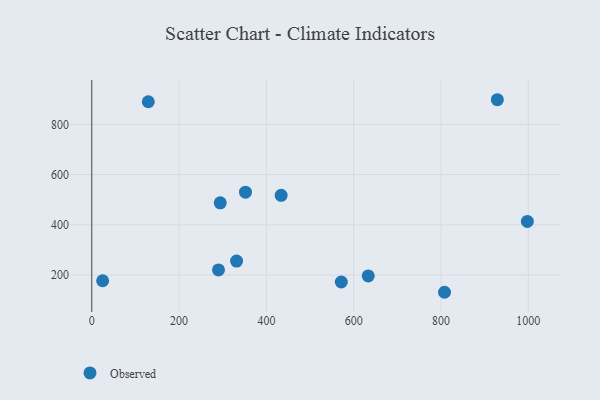
{"axis": {"x": "Price", "y": "Yield"}, "legend": ["Observed"], "data": [{"x": "290.3", "y": 220.2, "type": "Observed"}, {"x": "571.6", "y": 172.0, "type": "Observed"}, {"x": "352.1", "y": 529.7, "type": "Observed"}, {"x": "633.3", "y": 196.1, "type": "Observed"}, {"x": "997.8", "y": 413.2, "type": "Observed"}, {"x": "929.0", "y": 898.0, "type": "Observed"}, {"x": "433.8", "y": 517.1, "type": "Observed"}, {"x": "808.0", "y": 131.1, "type": "Observed"}, {"x": "129.5", "y": 889.9, "type": "Observed"}, {"x": "331.7", "y": 255.3, "type": "Observed"}, {"x": "24.9", "y": 177.0, "type": "Observed"}, {"x": "294.3", "y": 487.4, "type": "Observed"}]}